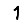
Digit: 1